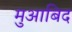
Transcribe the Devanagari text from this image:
मुआबिद